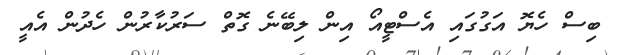
ބިސް ހެޔޮ އަގުގައި އެސްޓީއޯ އިން ލިބޭނެ ގޮތް ސަރުކާރުން ހެދުން އެއީ